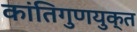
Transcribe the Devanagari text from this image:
कांतिगुणयुक्त